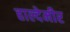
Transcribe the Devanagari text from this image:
हाल्देमीर